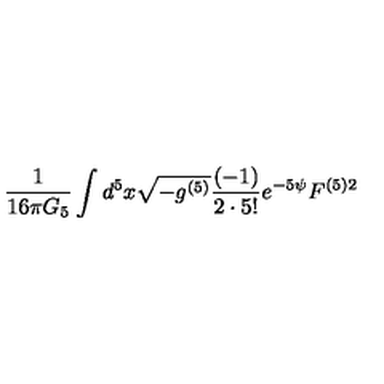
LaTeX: \frac { 1 } { 1 6 \pi G _ { 5 } } \int d ^ { 5 } x \sqrt { - g ^ { ( 5 ) } } \frac { ( - 1 ) } { 2 \cdot 5 ! } e ^ { - 5 \psi } F ^ { ( 5 ) 2 }